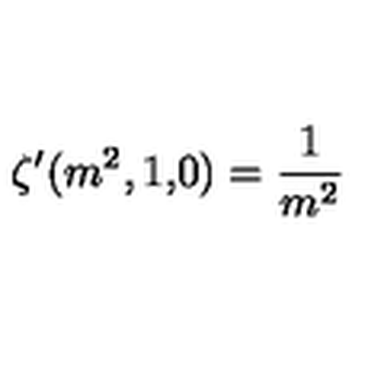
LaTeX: \zeta ^ { \prime } ( m ^ { 2 } , 1 { \bf , } 0 ) = \frac { 1 } { m ^ { 2 } }